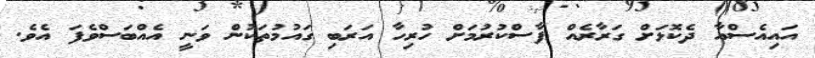
އައިއެސްއާ ދެކޮޅަށް ގަރާރެއް ފާސްކުރުމަށް ހުރިހާ އަރަބި ގައުމުތަކުން ވަނީ އެއްބަސްވެފަ އެވެ.